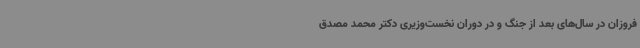
فروزان در سال‌های بعد از جنگ و در دوران نخست‌وزیری دکتر محمد مصدق